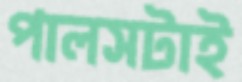
পালসটাই